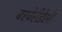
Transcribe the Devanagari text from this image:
बरबेरीडेसी